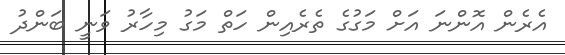
އެރެން އޮންނަ އަށް މަގުގެ ތެރެއިން ހަތް މަގު މިހާރު ވަނީ ބަންދު